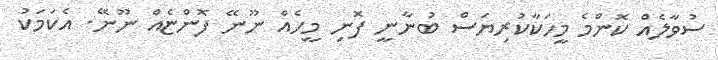
ސުވާލެއް ކޮންމެ މީހަކާކުރިޔަސް ބުނާނީ ފޮނި މީހެއް ނޫނޭ ފޮންޏެއް ނޫނޭ. އެކަމަކު